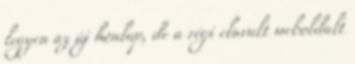
legyen az új honlap, de a régi elavult weboldalt